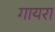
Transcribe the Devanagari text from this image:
गायरा